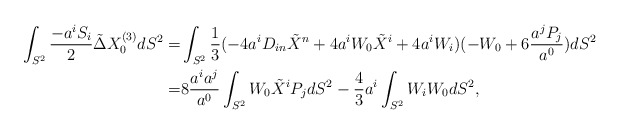
\begin{align*} \int _{S^2} \frac{-a^i S_i}{2} \tilde \Delta X_0^{(3)} dS^2= &\int _{S^2} \frac{1}{3}(-4a^iD_{in}\tilde X^n + 4 a^iW_0 \tilde X^i + 4 a^i W_i) (-W_0 + 6 \frac{a^j P_j}{a^0}) dS^2\\=& 8 \frac{a^ia^j}{a^0}\int_{S^2} W_0 \tilde X^i P_j dS^2 -\frac{4}{3} a^i \int_{S^2} W_iW_0 dS^2,\end{align*}